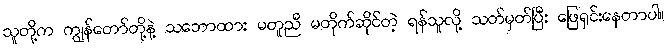
သူတို့က ကျွန်တော်တို့နဲ့ သဘောထား မတူညီ မတိုက်ဆိုင်တဲ့ ရန်သူလို့ သတ်မှတ်ပြီး ဖြေရှင်းနေတာပါ။